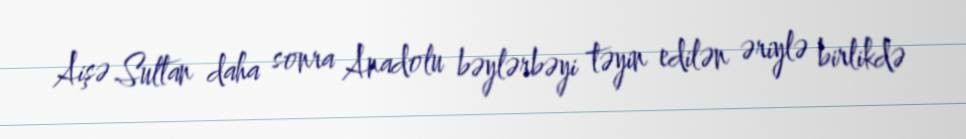
Aişə Sultan daha sonra Anadolu bəylərbəyi təyin edilən əriylə birlikdə